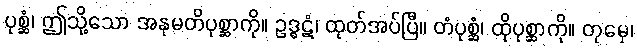
ပုစ္ဆံ၊ ဤသို့သော အနုမတိပုစ္ဆာကို။ ဥဒ္ဓဋံ၊ ထုတ်အပ်ပြီ။ တံပုစ္ဆံ၊ ထိုပုစ္ဆာကို။ တုမှေ၊